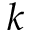
k